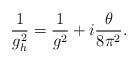
\begin{align*}\frac {1}{g_h^2} = \frac{1}{g^2} + i \frac{\theta}{8 \pi^2}.\end{align*}